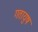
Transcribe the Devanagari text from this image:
गतायुष